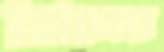
মিসের